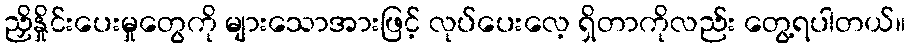
ညှိနှိုင်းပေးမှုတွေကို များသောအားဖြင့် လုပ်ပေးလေ့ ရှိတာကိုလည်း တွေ့ရပါတယ်။